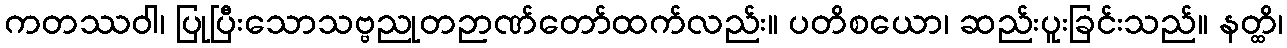
ကတဿဝါ၊ ပြုပြီးသောသဗ္ဗညုတဉာဏ်တော်ထက်လည်း။ ပတိစယော၊ ဆည်းပူးခြင်းသည်။ နတ္ထိ၊